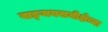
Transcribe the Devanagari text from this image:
वाङ्‌मयसमीक्षेच्या